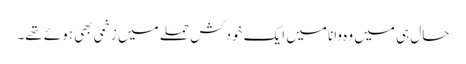
حال ہی میں وہ وانا میں ایک خودکش حملے میں زخمی بھی ہوئے تھے۔